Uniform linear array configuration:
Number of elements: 16
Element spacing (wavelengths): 0.75
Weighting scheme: blackman
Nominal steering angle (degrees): -60
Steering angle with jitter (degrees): -58.303
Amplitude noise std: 0.05
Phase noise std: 0.05

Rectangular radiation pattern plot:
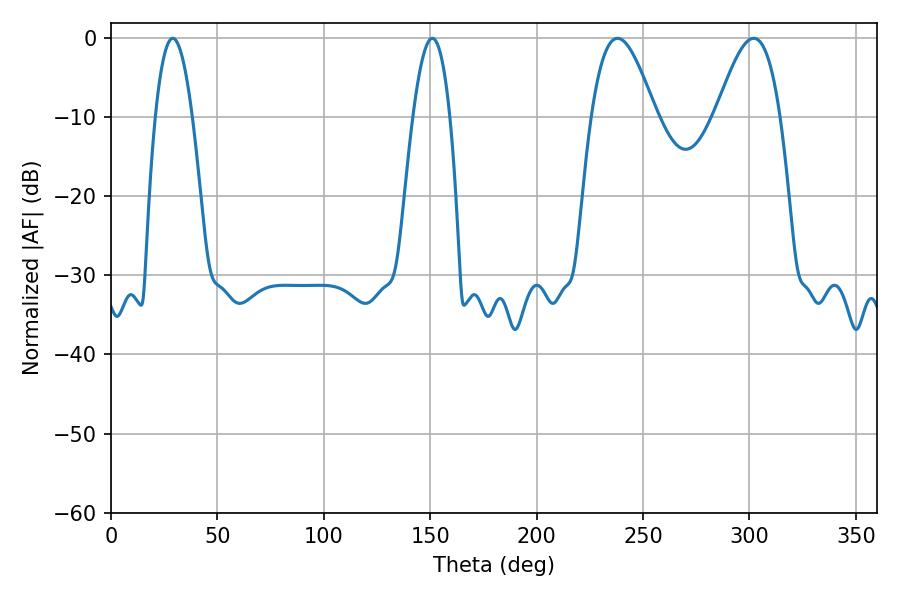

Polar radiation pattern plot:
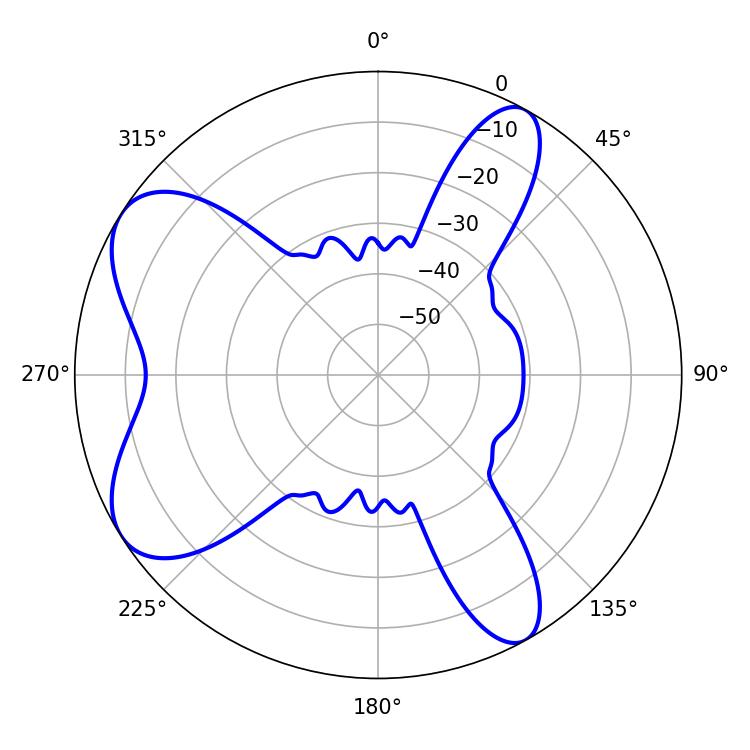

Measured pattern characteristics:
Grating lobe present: TRUE
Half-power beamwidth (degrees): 16.38
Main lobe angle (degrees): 237.96